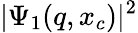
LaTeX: \vert\Psi_{1}(q,x_{c})\vert^{2}